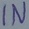
Text: IN